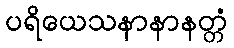
ပရိယေသနာနာနတ္တံ